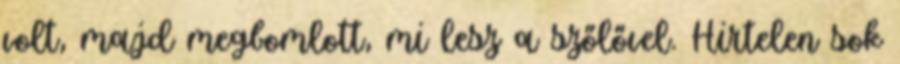
volt, majd megbomlott, mi lesz a szőlővel. Hirtelen sok